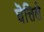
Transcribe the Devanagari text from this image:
घॆत्तिले